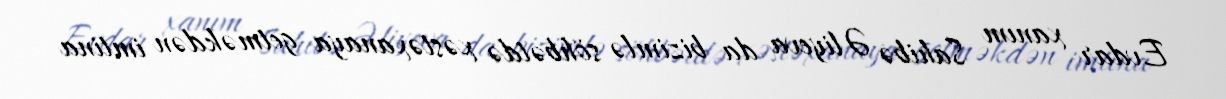
Evdar xanım Sahibə Əliyeva da bizimlə söhbətdə xəstəxanaya getməkdən imtina